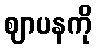
ဈာပနကို